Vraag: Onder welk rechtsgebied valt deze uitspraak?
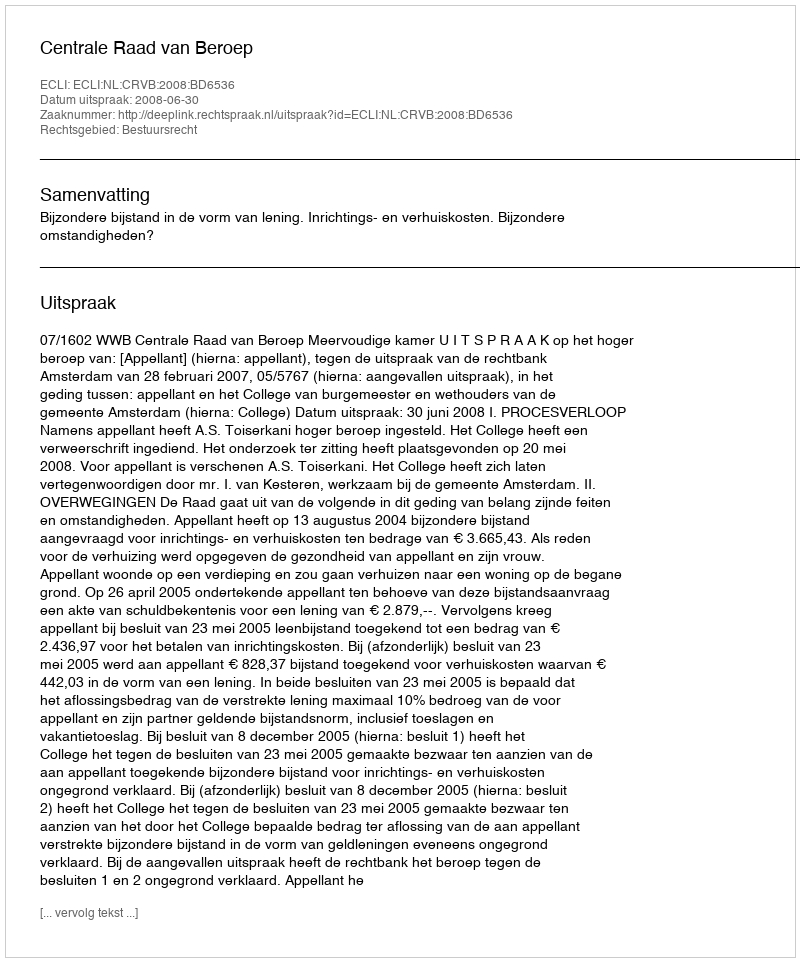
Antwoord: Bestuursrecht